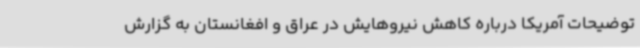
توضیحات آمریکا درباره کاهش نیروهایش در عراق و افغانستان به گزارش